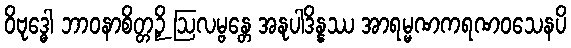
ဝိဗုဒ္ဓေါ ဘာဝနာစိတ္တဉှိ ဩလမ္ဗန္တေ အနုပါဒိန္နဿ အာရမ္မဏကရဏဝသေနပိ